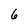
Character: 6